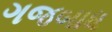
ગજબાધ